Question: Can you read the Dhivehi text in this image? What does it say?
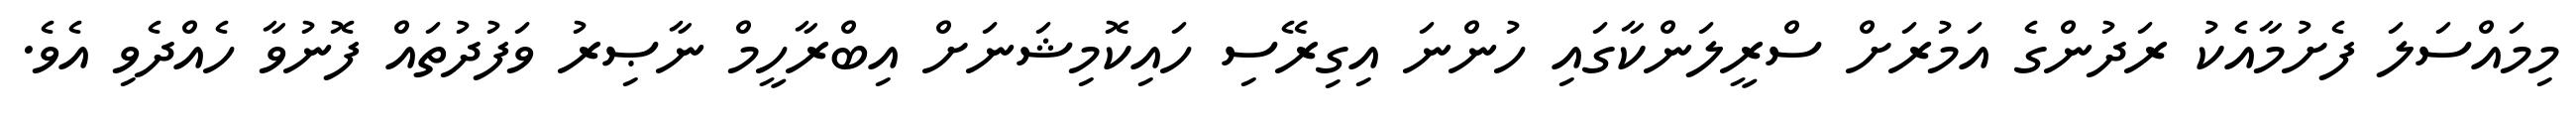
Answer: މިމައްސަލަ ފެށުމާއެކު ރަދުންގެ އަމުރަށް ސްރީލަންކާގައި ހުންނަ އިގިރޭސި ހައިކޮމިޝަނަށް އިބްރާހީމް ނާޞިރު ވަފުދުތައް ފޮނުވާ ހެއްދެވި އެވެ.